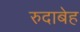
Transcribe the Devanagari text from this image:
रुदाबेह